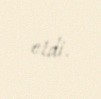
etdi.